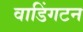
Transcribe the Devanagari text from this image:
वाडिंगटन